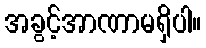
အခွင့်အာဏာမရှိပါ။